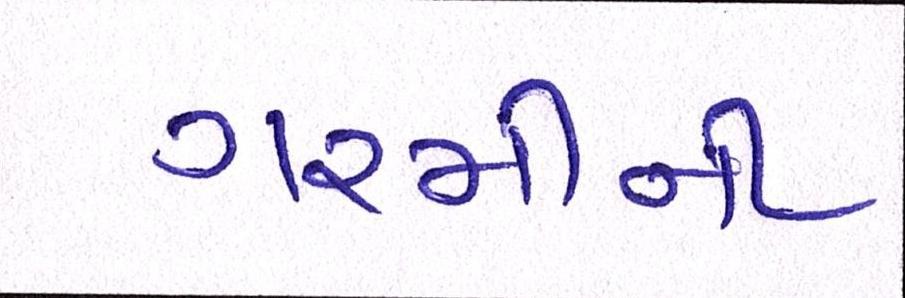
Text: ગરમીની